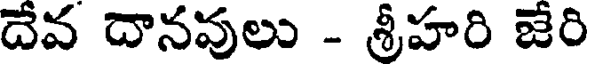
దేవ దానవులు - శ్రీహరి జేరి